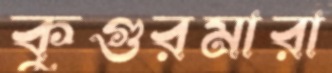
কুগুরমারা